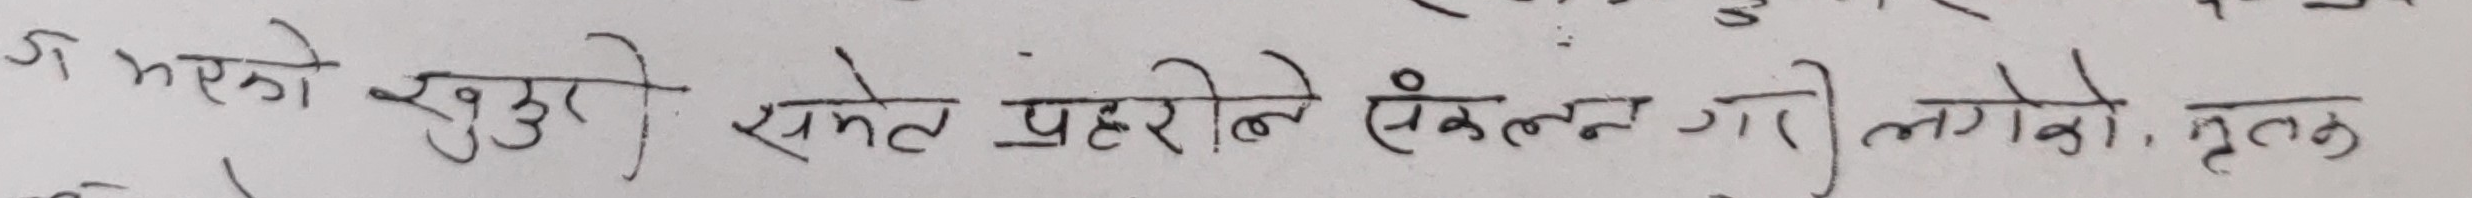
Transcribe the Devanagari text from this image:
अ भको खुदुरी समेत प्रहरीले संकलन गरी लगेको मृतक